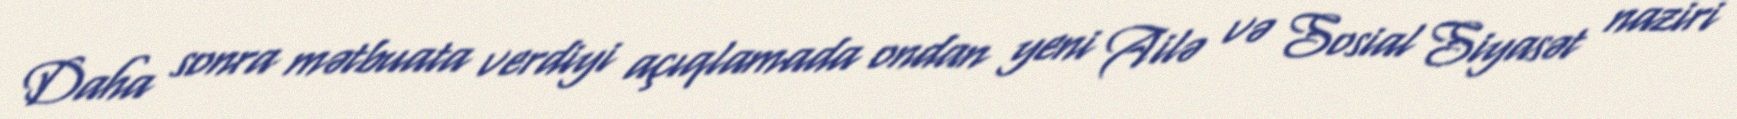
Daha sonra mətbuata verdiyi açıqlamada ondan yeni Ailə və Sosial Siyasət naziri